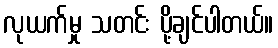
လုယက်မှု သတင်း ပို့ချင်ပါတယ်။